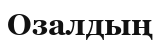
Озалдың